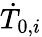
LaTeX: \dot{T}_{0,i}